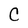
Character: C